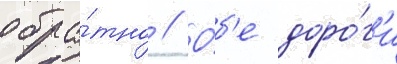
обра́тно // О́б'е доро́г'и